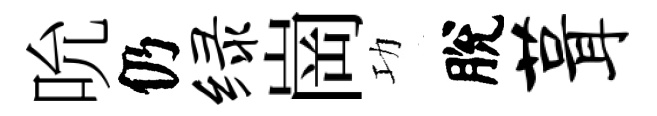
吮仍绿崗功脫葺